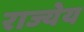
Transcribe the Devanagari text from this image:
राज्येय